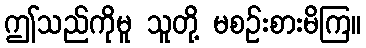
ဤသည်ကိုမူ သူတို့ မစဉ်းစားမိကြ။